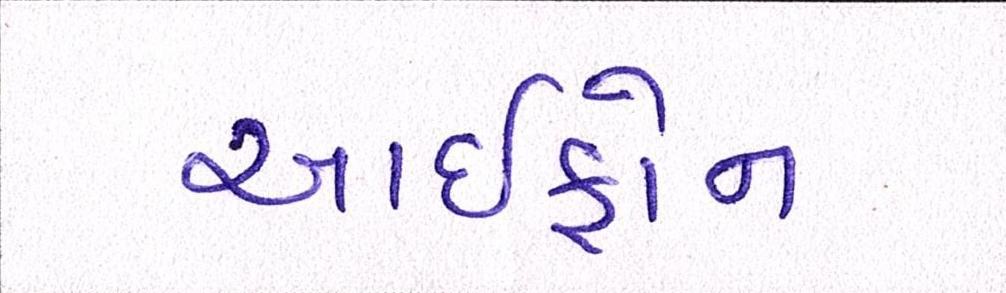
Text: આઇફોન